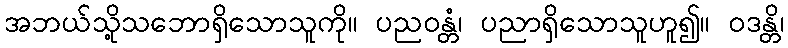
အဘယ်သို့သဘောရှိသောသူကို။ ပညဝန္တံ၊ ပညာရှိသောသူဟူ၍။ ဝဒန္တိ၊